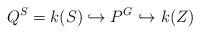
LaTeX: \begin{align*}Q^S=k(S)\hookrightarrow P^G\hookrightarrow k(Z)\end{align*}